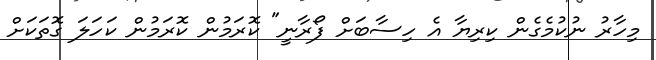
މިހާރު ނުކުމެގެން ކިރިޔާ އެ ހިސާބަށް ފޯރާނީ" ކޮރަމުން ކޮރަމުން ކަހަލަ ގޮތަކަށް